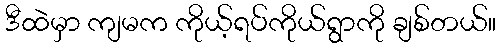
ဒီထဲမှာ ကျမက ကိုယ့်ရပ်ကိုယ်ရွာကို ချစ်တယ်။